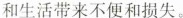
和生活带来不便和损失。